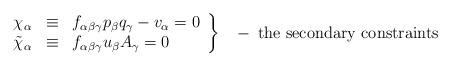
LaTeX: \begin{align*}\left.\begin{array}{ccl}\chi_{\alpha}&\equiv& f_{\alpha \beta \gamma}p_{\beta}q_{\gamma} - v_{\alpha}=0 \\\tilde{\chi}_{\alpha}&\equiv& f_{\alpha \beta \gamma}u_{\beta}A_{\gamma}=0 \end{array}\right\}\;\;\;-\;\hbox{the secondary constraints} \end{align*}